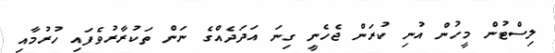
ލިސްޓުން މީހުން އުނި ކުރަން ޖެހެނީ ގިނަ އަދަދެއްގެ ނަން ތަކުރާރުވެފައި ހުރުމާއި